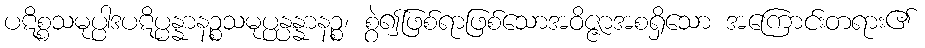
ပဋိစ္စသမုပ္ပါဒပဋိပ္ပန္နာနဉ္စသမုပ္ပန္ပန္နာနဉ္စ၊ စွဲ၍ဖြစ်ရာဖြစ်သောအဝိဇ္ဇာအစရှိသော အကြောင်းတရား၏